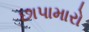
છાપામારો